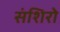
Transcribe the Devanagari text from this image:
संशिरो